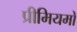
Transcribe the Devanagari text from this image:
प्रीमियमों